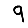
Digit: 9